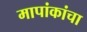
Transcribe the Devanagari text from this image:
मापांकांचा